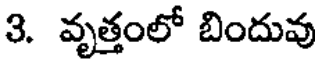
3. వృత్తంలో బిందువు